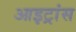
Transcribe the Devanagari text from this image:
आइट्रांस